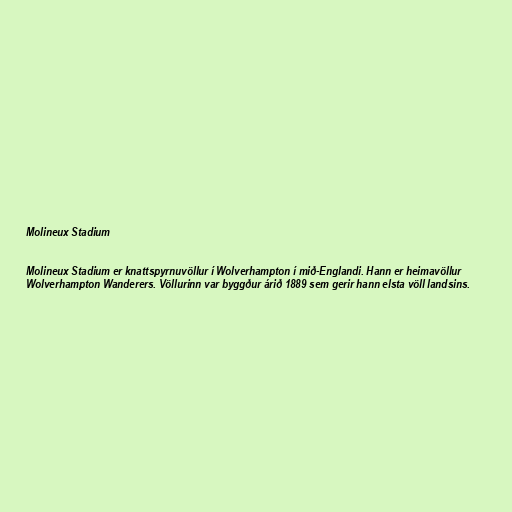
Molineux Stadium

Molineux Stadium er knattspyrnuvöllur í Wolverhampton í mið-Englandi. Hann er heimavöllur
Wolverhampton Wanderers. Völlurinn var byggður árið 1889 sem gerir hann elsta völl landsins.